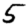
Digit: 5